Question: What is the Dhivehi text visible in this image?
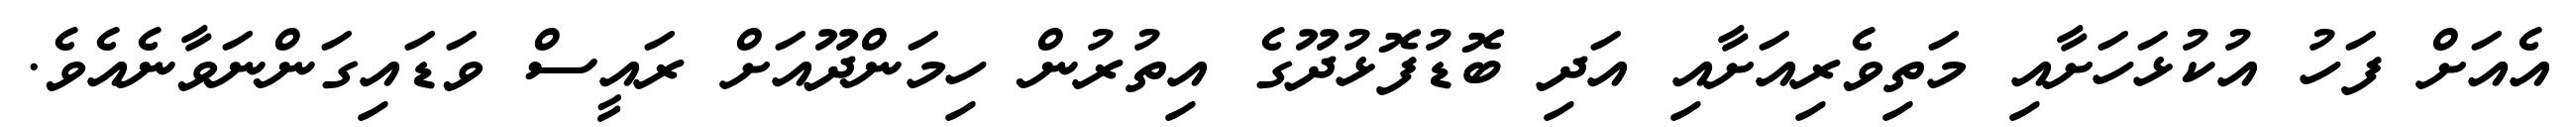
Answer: އެއަށް ފަހު އުކުޅަހަށާއި މަތިވެރިއަށާއި އަދި ބޮޑުފޮޅުދޫގެ އިތުރުން ހިމަންދޫއަށް ރައީސް ވަޑައިގަންނަވާނެއެވެ.